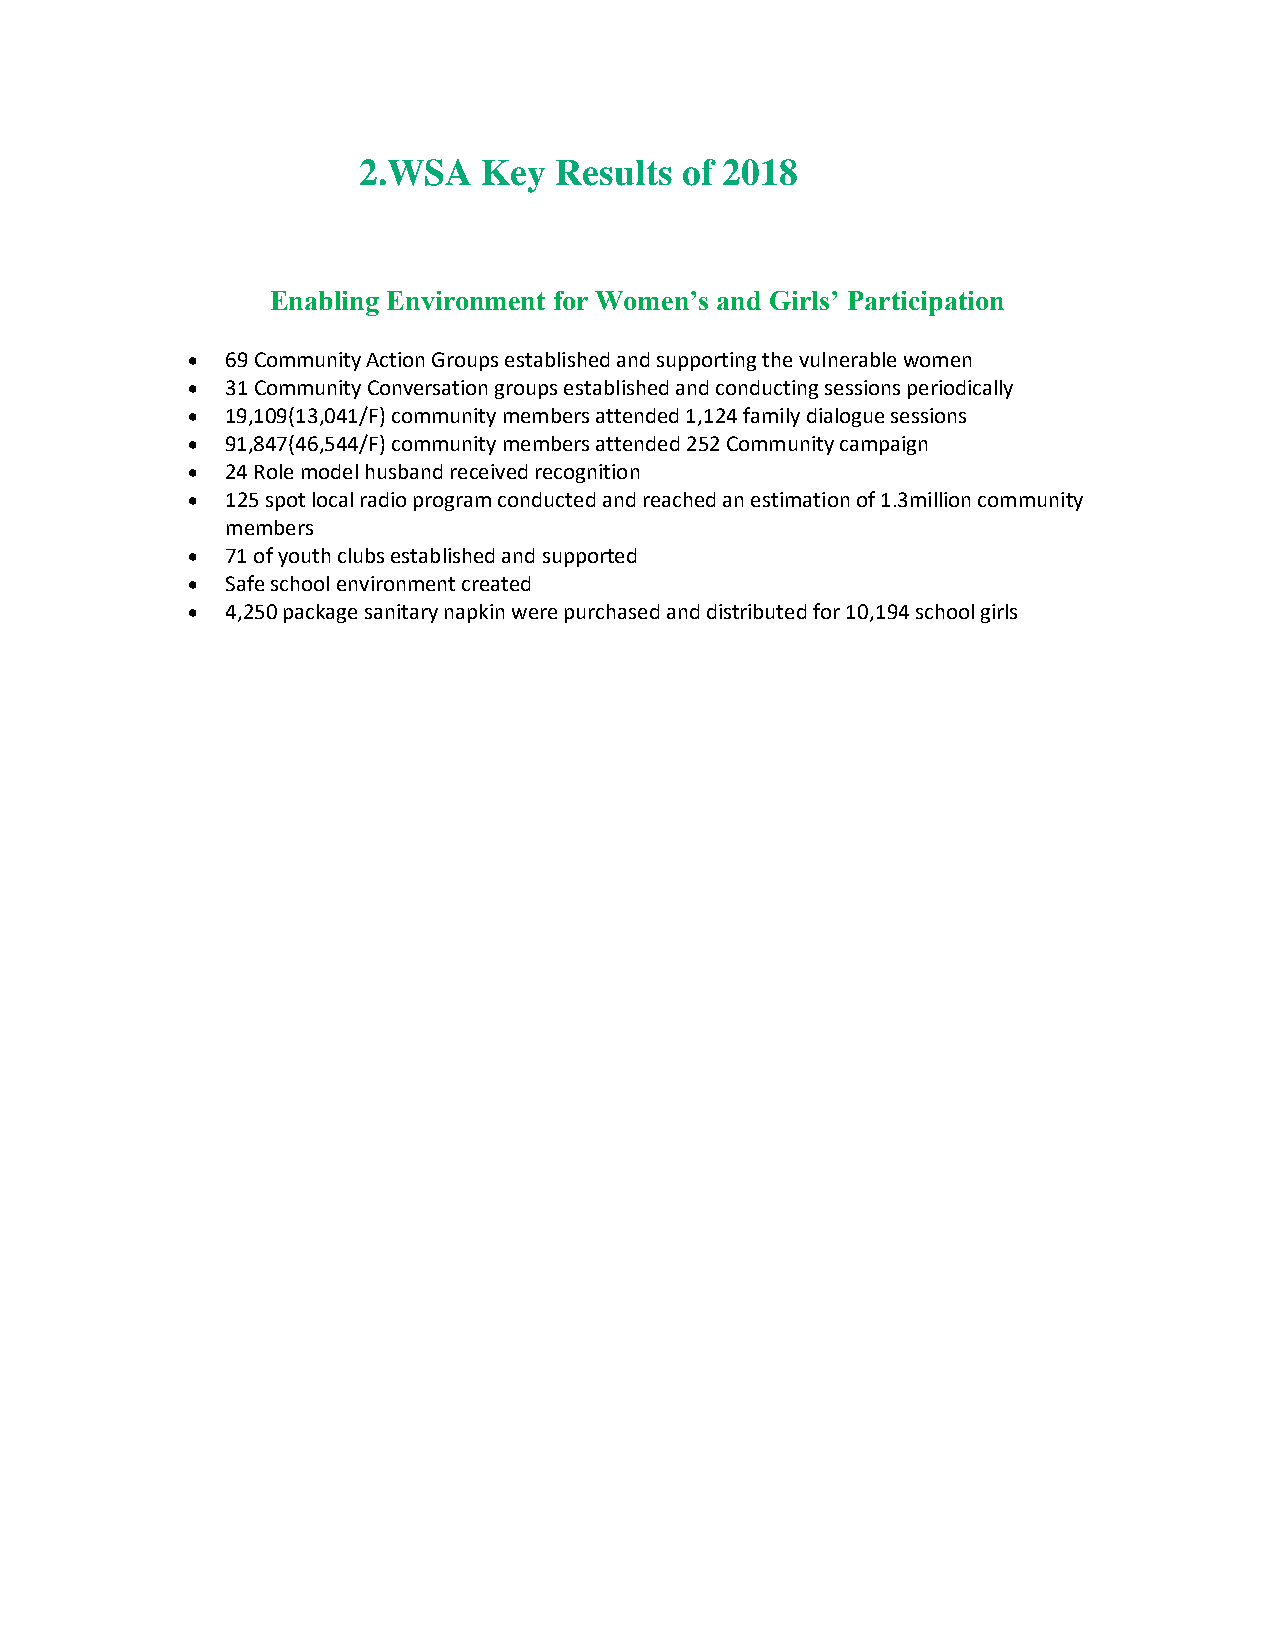
2.WSA   Key  Results of 2018
 Enabling Environment for Women’s and Girls’ Participation
   69 Community Action Groups established and supporting the vulnerable women
   31 Community Conversation groups established and conducting sessions periodically
   19,109(13,041/F) community members attended 1,124 family dialogue sessions
   91,847(46,544/F) community members attended 252 Community campaign
   24 Role model husband received recognition
   125 spot local radio program conducted and reached an estimation of 1.3million community
 members
   71 of youth clubs established and supported
   Safe school environment created
   4,250 package sanitary napkin were purchased and distributed for 10,194 school girls